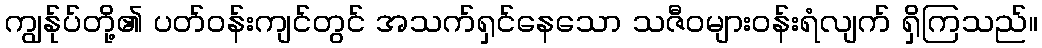
ကျွန်ုပ်တို့၏ ပတ်ဝန်းကျင်တွင် အသက်ရှင်နေသော သဇီဝများဝန်းရံလျက် ရှိကြသည်။